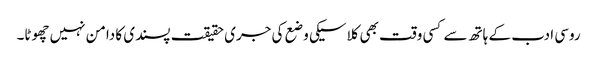
روسی ادب کے ہاتھ سے کسی وقت بھی کلاسیکی وضع کی جری حقیقت پسندی کا دامن نہیں چھوٹا۔